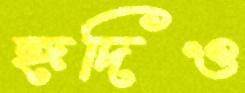
হূদিও